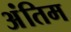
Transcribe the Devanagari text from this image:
अंंतिम